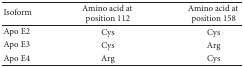
<table><thead><tr><td><b>Isoform</b></td><td><b>Amino acid at position 112</b></td><td><b>Amino acid at position 158</b></td></tr></thead><tbody><tr><td>Apo E2</td><td>Cys</td><td>Cys</td></tr><tr><td>Apo E3</td><td>Cys</td><td>Arg</td></tr><tr><td>Apo E4</td><td>Arg</td><td>Cys</td></tr></tbody></table>